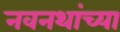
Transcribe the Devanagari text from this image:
नवनथांच्या